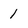
Character: 1